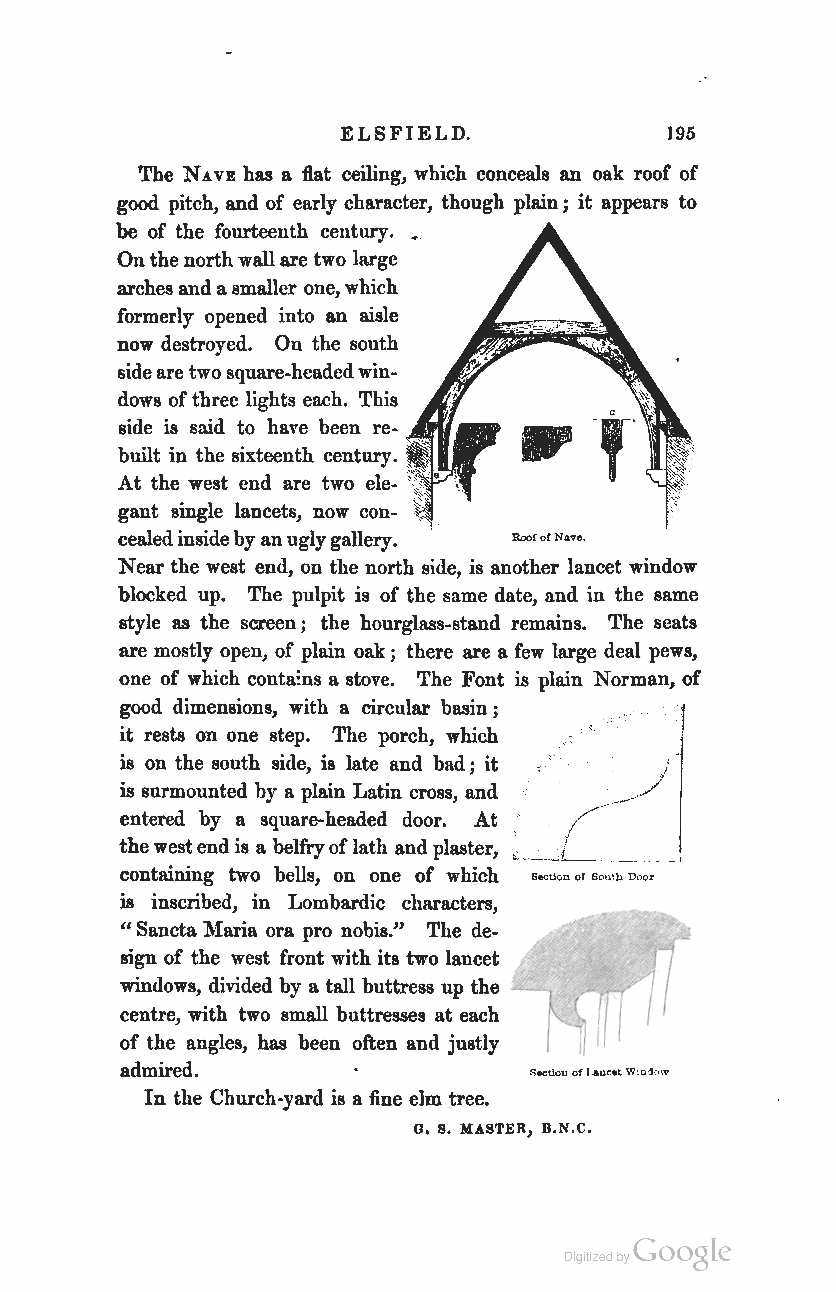
ELSFIELD.            195
 The N.HE has a flat ceiling, which conceals an oak roof of
 good pitch, and of early character, though plain; it appears to
 be of the fourteenth century. •
 On the north wall are two large
 arches and a smaller one, which
 formerly opened into an aisle
 now destroyed. On the south
 side are two square-headed win
 dows of three lights each. This •
 side is said to have been re
 built in the sixteenth century.
 At the west end are two ele-
 gant single lancets, now con-
 cealed inside by an ugly gallery.
 Roor or Nave.
 Near the west end, on the north side, is another lancet window
 blocked up. The pulpit is of the same date, and in the same
 style as the screen; the hourglass-stand remains. The seats
 are mostly open, of plain oak; there are a few large deal pews,
 one of which contains a stove. The Font is plain Norman, of
 good dimensions, with a circular basin;
 1
 it rests on one step. The porch, which
 is on the south side, is late and bad; it
 is surmounted by a plain Latin cross, and
 entered by a square-headed door. At
 the west end is a belfry of lath and plaster,
 r
 containing two bells, on one of which
 BeeUeD or South Door
 is inscribed, in Lombardic characters, W
 Sancta Maria ora pro nobis." The de-
 It
 sign of the west front with its two lancet
 windows, divided by a tall buttress up the I
 centre, with two small buttresses at each
 of the angles, has been often and justly I
 admired.
 ~ec:Uou of I.auc-.t WlDd(.\v
 In the Church-yard is a fine elm tree.
 o. s. MASTER, B.N.C.
 Coogle
 Digitized by